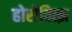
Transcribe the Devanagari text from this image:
होरोवित्झ